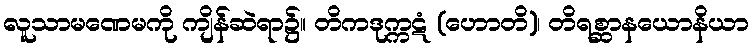
လူသာမဏေမကို ကျိန်ဆဲရာ၌။ တိကဒုက္ကဋံ (ဟောတိ)၊ တိရစ္ဆာနယောနိယာ